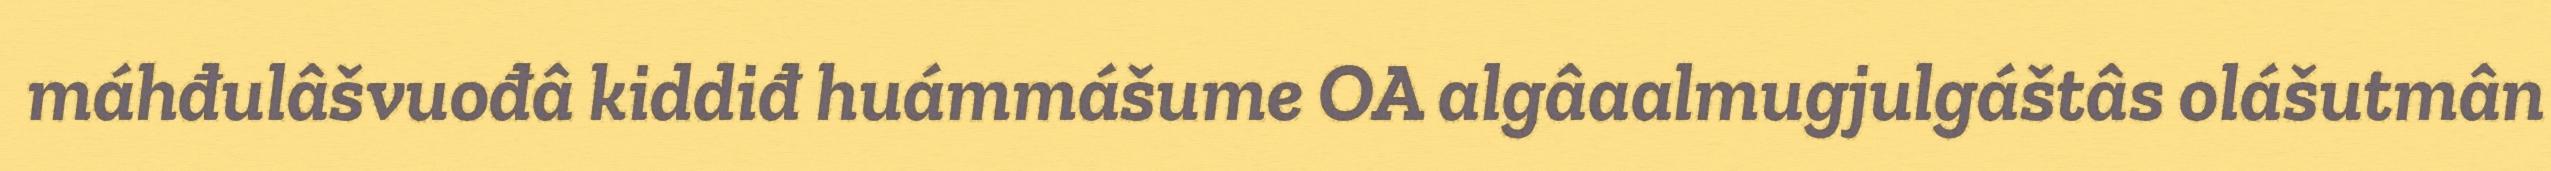
máhđulâšvuođâ kiddiđ huámmášume OA algâaalmugjulgáštâs olášutmân